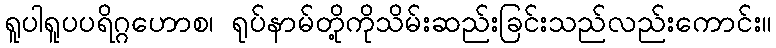
ရူပါရူပပရိဂ္ဂဟောစ၊ ရုပ်နာမ်တို့ကိုသိမ်းဆည်းခြင်းသည်လည်းကောင်း။